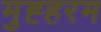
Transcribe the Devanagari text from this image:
मुह्हरम